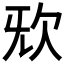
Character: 𣢕